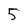
Character: 5